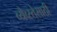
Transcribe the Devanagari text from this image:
व्येव्स्तेसाठी